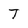
Character: T